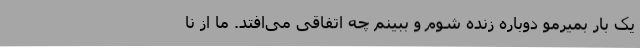
یک بار بمیرمو دوباره زنده شوم و ببینم چه اتفاقی می‌افتد. ما از نا